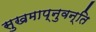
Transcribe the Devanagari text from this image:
सुखमाप्नुवन्ति